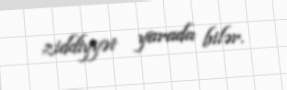
ziddiyyət yarada bilər.